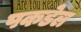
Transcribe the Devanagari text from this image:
पकडेल